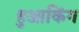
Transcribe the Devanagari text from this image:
हुआकिंग